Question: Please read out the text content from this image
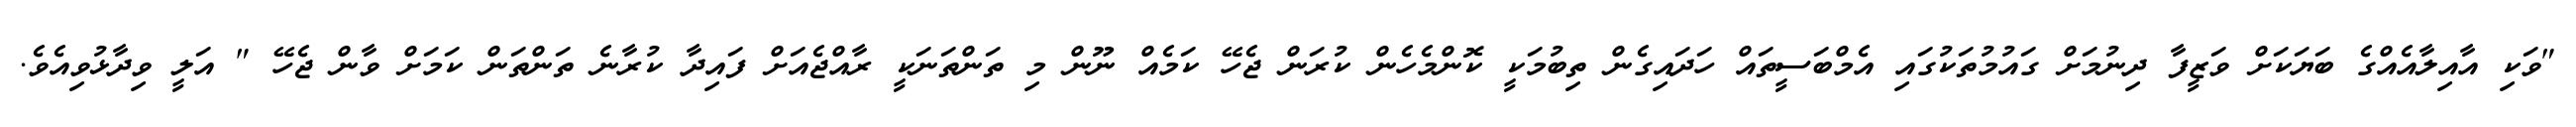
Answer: "ވަކި އާއިލާއެއްގެ ބަޔަކަށް ވަޒީފާ ދިނުމަށް ގައުމުތަކުގައި އެމްބަސީތައް ހަދައިގެން ތިބުމަކީ ކޮންމެހެން ކުރަން ޖެހޭ ކަމެއް ނޫން މި ތަންތަނަކީ ރާއްޖެއަށް ފައިދާ ކުރާނެ ތަންތަން ކަމަށް ވާން ޖެހޭ " އަލީ ވިދާޅުވިއެވެ.